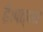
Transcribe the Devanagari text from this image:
हैं।पत्थर